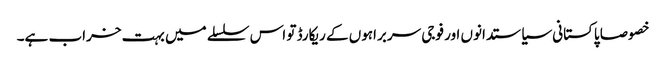
خصوصا پاکستانی سیاستدانوں اور فوجی سربراہوں کے ریکارڈ تو اس سلسلے میں بہت خراب ہے۔